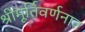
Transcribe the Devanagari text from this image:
श्रीमूर्तिवर्णनात